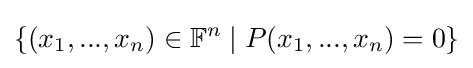
\{(x_{1},...,x_{n})\in \mathbb {F} ^{n}\mid P(x_{1},...,x_{n})=0\}